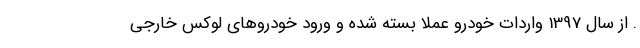
. از سال 1397 واردات خودرو عملا بسته شده و ورود خودروهای لوکس خارجی